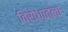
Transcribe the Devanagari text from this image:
विरोधातला